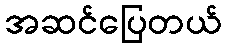
အဆင်ပြေတယ်